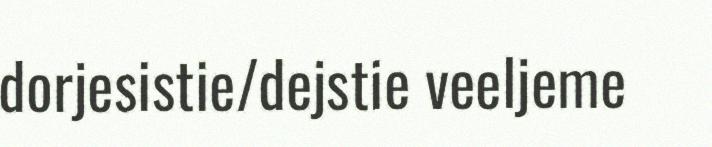
dorjesistie/dejstie veeljeme